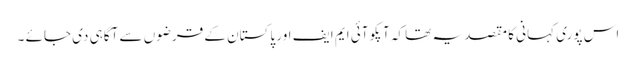
اس پوری کہانی کا مقصد یہ تھا کہ آپکو آئی ایم ایف اور پاکستان کے قرضوں سے آگاہی دی جائے ۔